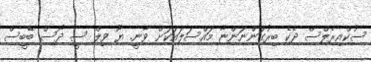
ސުކްއިރެލްސް ދެކެ ބިރުގަންނަންޏާ މައްސަލައަކަށް ވާނީ. ޔޫ ވިލް ސީ ދޯސް ބޭބީސް